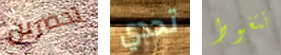
تحضرين تحدي تتغوط